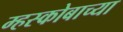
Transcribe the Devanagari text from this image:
म्हस्कोबाच्या